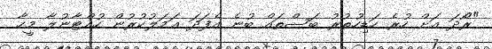
"ރޯދަ އަށް ހުރެ ހަޑިހުތުރު ބަސްތައް ބުނެ އެފަދަ ޢަމަލުކުރުން ހުއްޓާނުލާ މީހާ